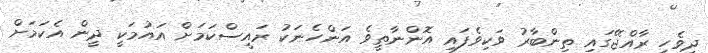
ދިވެހި ރާއްޖޭގައި ތިންބާރު ވަކިވެފައި އޮންނާތީވެ އަންހެނަކު ރައީސްކަމަށް އައުމަކީ ދީން އެކަމަށް